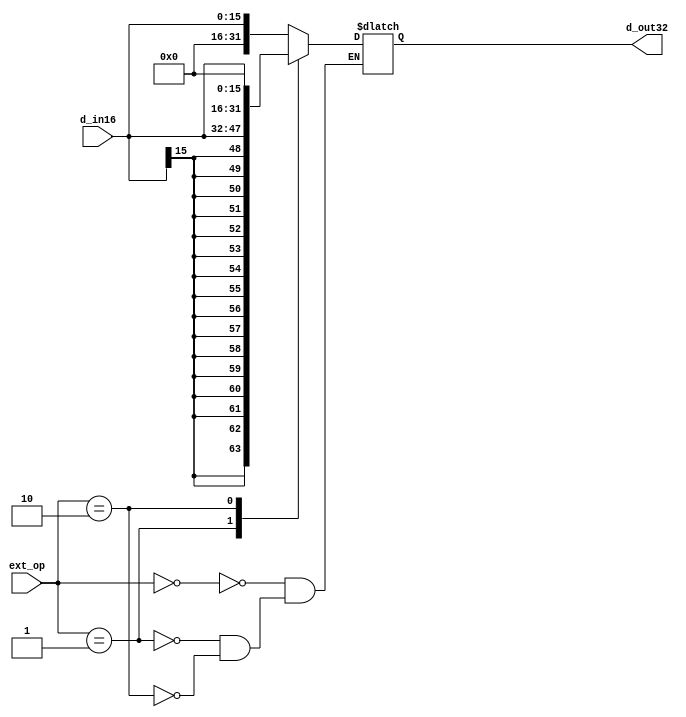
module ext( d_in16, d_out32, ext_op );
    input  [1:0]  ext_op;
    input  [15:0] d_in16;
    output reg [31:0] d_out32;

    always @(*) begin
        case (ext_op) 
            2'b00 : d_out32 <= {16'b0, d_in16};
            2'b01 : d_out32 <= {{16{d_in16[15]}}, d_in16};
            2'b10 : d_out32 <= {d_in16, 16'b0};
        endcase
    end
endmodule